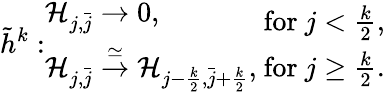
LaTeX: \tilde{h}^{k}:\begin{array}{l}{\mathcal{H}_{j,\bar{j}}\to 0,}\\ {\mathcal{H}_{j,\bar{j}}\overset{\simeq}{\to}\mathcal{H}_{j-\frac{k}{2},\bar{j}+\frac{k}{2}},}\end{array}\begin{array}{l}{\mathrm{~for~}j<\frac{k}{2},}\\ {\mathrm{~for~}j\geq\frac{k}{2}.}\end{array}